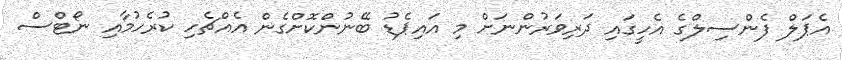
އެޕަލް ފެންސިލްގެ އެހީގައި ދަރިވަރުންނަށް މި އައިޕެޑު ބޭނުންކޮށްގެން އެއްޗެހި ކުރެހުމާއި ނޯޓްސް